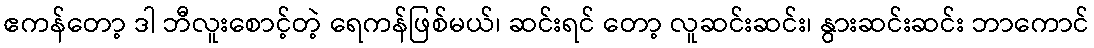
ဧကန်တော့ ဒါ ဘီလူးစောင့်တဲ့ ရေကန်ဖြစ်မယ်၊ ဆင်းရင် တော့ လူဆင်းဆင်း၊ နွားဆင်းဆင်း ဘာကောင်